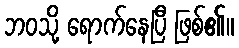
ဘဝသို့ ရောက်နေပြီ ဖြစ်၏။